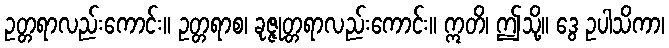
ဥတ္တရာလည်းကောင်း။ ဥတ္တရာစ၊ ခုဇ္ဇုတ္တရာလည်းကောင်း။ ဣတိ၊ ဤသို့။ ဒွေ ဥပါသိကာ၊